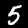
Label: 5